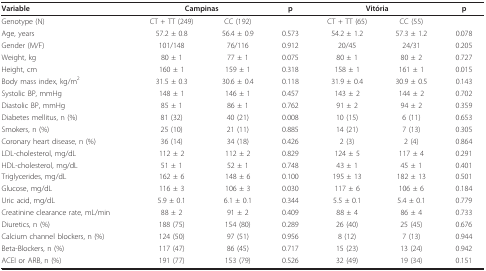
<table><thead><tr><td><b>Variable</b></td><td colspan="2"><b>Campinas</b></td><td><b>p</b></td><td colspan="2"><b>Vitória</b></td><td><b>p</b></td></tr></thead><tbody><tr><td>Genotype (N)</td><td>CT + TT (249)</td><td>CC (192)</td><td></td><td>CT + TT (65)</td><td>CC (55)</td><td></td></tr><tr><td>Age, years</td><td>57.2 ± 0.8</td><td>56.4 ± 0.9</td><td>0.573</td><td>54.2 ± 1.2</td><td>57.3 ± 1.2</td><td>0.078</td></tr><tr><td>Gender (M/F)</td><td>101/148</td><td>76/116</td><td>0.912</td><td>20/45</td><td>24/31</td><td>0.205</td></tr><tr><td>Weight, kg</td><td>80 ± 1</td><td>77 ± 1</td><td>0.075</td><td>80 ± 1</td><td>80 ± 2</td><td>0.727</td></tr><tr><td>Height, cm</td><td>160 ± 1</td><td>159 ± 1</td><td>0.318</td><td>158 ± 1</td><td>161 ± 1</td><td>0.015</td></tr><tr><td>Body mass index, kg/m<sup>2</sup></td><td>31.5 ± 0.3</td><td>30.6 ± 0.4</td><td>0.118</td><td>31.9 ± 0.4</td><td>30.9 ± 0.5</td><td>0.143</td></tr><tr><td>Systolic BP, mmHg</td><td>148 ± 1</td><td>146 ± 1</td><td>0.457</td><td>143 ± 2</td><td>144 ± 2</td><td>0.702</td></tr><tr><td>Diastolic BP, mmHg</td><td>85 ± 1</td><td>86 ± 1</td><td>0.762</td><td>91 ± 2</td><td>94 ± 2</td><td>0.359</td></tr><tr><td>Diabetes mellitus, n (%)</td><td>81 (32)</td><td>40 (21)</td><td>0.008</td><td>10 (15)</td><td>6 (11)</td><td>0.653</td></tr><tr><td>Smokers, n (%)</td><td>25 (10)</td><td>21 (11)</td><td>0.885</td><td>14 (21)</td><td>7 (13)</td><td>0.305</td></tr><tr><td>Coronary heart disease, n (%)</td><td>36 (14)</td><td>34 (18)</td><td>0.426</td><td>2 (3)</td><td>2 (4)</td><td>0.864</td></tr><tr><td>LDL-cholesterol, mg/dL</td><td>112 ± 2</td><td>112 ± 2</td><td>0.829</td><td>124 ± 5</td><td>117 ± 4</td><td>0.291</td></tr><tr><td>HDL-cholesterol, mg/dL</td><td>51 ± 1</td><td>52 ± 1</td><td>0.748</td><td>43 ± 1</td><td>45 ± 1</td><td>0.401</td></tr><tr><td>Triglycerides, mg/dL</td><td>162 ± 6</td><td>148 ± 6</td><td>0.100</td><td>195 ± 13</td><td>182 ± 13</td><td>0.501</td></tr><tr><td>Glucose, mg/dL</td><td>116 ± 3</td><td>106 ± 3</td><td>0.030</td><td>117 ± 6</td><td>106 ± 6</td><td>0.184</td></tr><tr><td>Uric acid, mg/dL</td><td>5.9 ± 0.1</td><td>6.1 ± 0.1</td><td>0.344</td><td>5.5 ± 0.1</td><td>5.4 ± 0.1</td><td>0.779</td></tr><tr><td>Creatinine clearance rate, mL/min</td><td>88 ± 2</td><td>91 ± 2</td><td>0.409</td><td>88 ± 4</td><td>86 ± 4</td><td>0.733</td></tr><tr><td>Diuretics, n (%)</td><td>188 (75)</td><td>154 (80)</td><td>0.289</td><td>26 (40)</td><td>25 (45)</td><td>0.676</td></tr><tr><td>Calcium channel blockers, n (%)</td><td>124 (50)</td><td>97 (51)</td><td>0.956</td><td>8 (12)</td><td>7 (13)</td><td>0.944</td></tr><tr><td>Beta-Blockers, n (%)</td><td>117 (47)</td><td>86 (45)</td><td>0.717</td><td>15 (23)</td><td>13 (24)</td><td>0.942</td></tr><tr><td>ACEI or ARB, n (%)</td><td>191 (77)</td><td>153 (79)</td><td>0.526</td><td>32 (49)</td><td>19 (34)</td><td>0.151</td></tr></tbody></table>